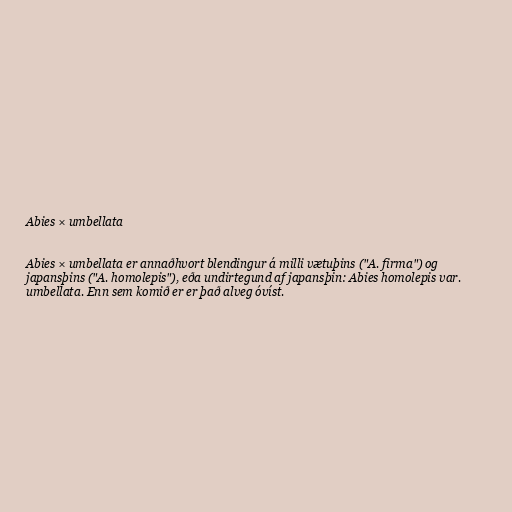
Abies × umbellata

Abies × umbellata er annaðhvort blendingur á milli vætuþins ("A. firma") og
japansþins ("A. homolepis"), eða undirtegund af japansþin: Abies homolepis var.
umbellata. Enn sem komið er er það alveg óvíst.